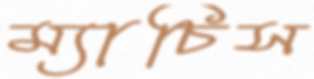
ম্যাচিস